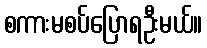
စကားမစပ်ပြောရဦးမယ်။